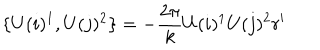
\{ U ( i ) ^ { 1 } , U ( j ) ^ { 2 } \} = - \frac { 2 \pi } { k } U ( i ) ^ { 1 } U ( j ) ^ { 2 } r ^ { \prime }